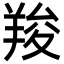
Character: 羧